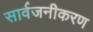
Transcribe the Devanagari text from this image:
सार्वजनीकरण